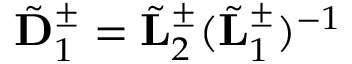
\tilde { \bf D } _ { 1 } ^ { \pm } = \tilde { \bf L } _ { 2 } ^ { \pm } ( \tilde { \bf L } _ { 1 } ^ { \pm } ) ^ { - 1 }